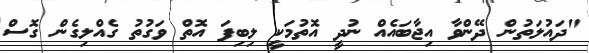
"ދައުލަތުން ދޭންވާ އިޖާބައެއް ނުދީ އޮތުމަކީ ލިބިފަ އޮތް ވަގުތު ގެއްލިގެން ގޮސް